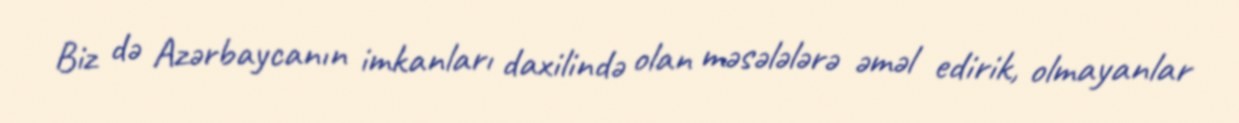
Biz də Azərbaycanın imkanları daxilində olan məsələlərə əməl edirik, olmayanlar